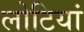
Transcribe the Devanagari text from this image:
लोटियां